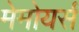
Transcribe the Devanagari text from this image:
मेमोयर्स